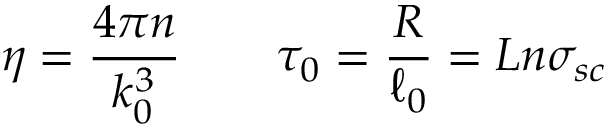
\eta = \frac { 4 \pi n } { k _ { 0 } ^ { 3 } } \qquad \tau _ { 0 } = \frac { R } { \ell _ { 0 } } = L n \sigma _ { s c }